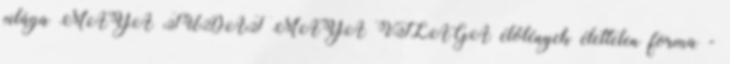
világa MAYA TUDAT MAYA VILÁGA élőlények élettelen forma -